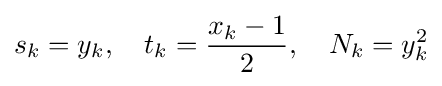
\displaystyle s_{k}=y_{k},\quad t_{k}={\frac {x_{k}-1}{2}},\quad N_{k}=y_{k}^{2}